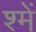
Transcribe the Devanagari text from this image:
श्में